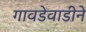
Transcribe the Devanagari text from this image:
गावडेवाडीने